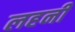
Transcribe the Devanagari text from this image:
लहनी